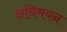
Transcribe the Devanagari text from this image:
अनिमयन